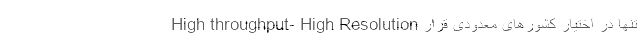
High throughput- High Resolution تنها در اختیار کشورهای معدودی قرار